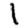
Digit: 1